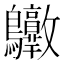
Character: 𪈶